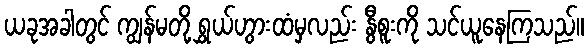
ယခုအခါတွင် ကျွန်မတို့ ရွှယ်ဟွားထံမှလည်း နွီစူးကို သင်ယူနေကြသည်။